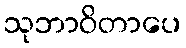
သုဘာဝိတာပေ